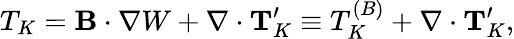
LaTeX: T_{K}={\mathbf{B}}\cdot\nabla W+\nabla\cdot{\mathbf{T}}_{K}^{\prime}\equiv T_{K}^{(B)}+\nabla\cdot{\mathbf{T}}_{K}^{\prime},